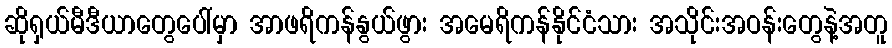
ဆိုရှယ်မီဒီယာတွေပေါ်မှာ အာဖရိကန်နွယ်ဖွား အမေရိကန်နိုင်ငံသား အသိုင်းအဝန်းတွေနဲ့အတူ